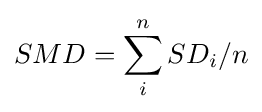
SMD=\sum _{i}^{n}SD_{i}/n